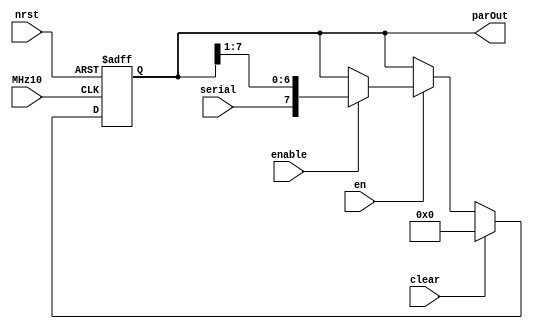
`default_nettype none
module ser_to_par (
	MHz10,
	nrst,
	en,
	enable,
	clear,
	serial,
	parOut
);
	reg _sv2v_0;
	input wire MHz10;
	input wire nrst;
	input wire en;
	input wire enable;
	input wire clear;
	input wire serial;
	output wire [7:0] parOut;
	localparam N = 8;
	reg [7:0] next_state;
	reg [7:0] current_state;
	always @(posedge MHz10 or negedge nrst) begin : register
		if (~nrst)
			current_state <= 0;
		else if (clear)
			current_state <= 0;
		else
			current_state <= next_state;
	end
	always @(*) begin
		if (_sv2v_0)
			;
		next_state = current_state;
		if (en) begin
			if (enable)
				next_state = {serial, current_state[7:1]};
		end
	end
	assign parOut = current_state;
	initial _sv2v_0 = 0;
endmodule